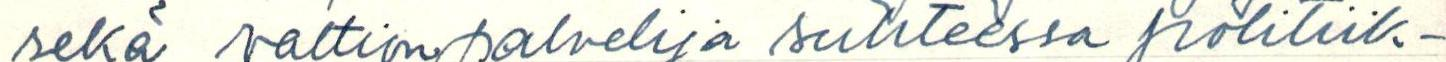
sekä valtionpalvelija suhteessa politiik-